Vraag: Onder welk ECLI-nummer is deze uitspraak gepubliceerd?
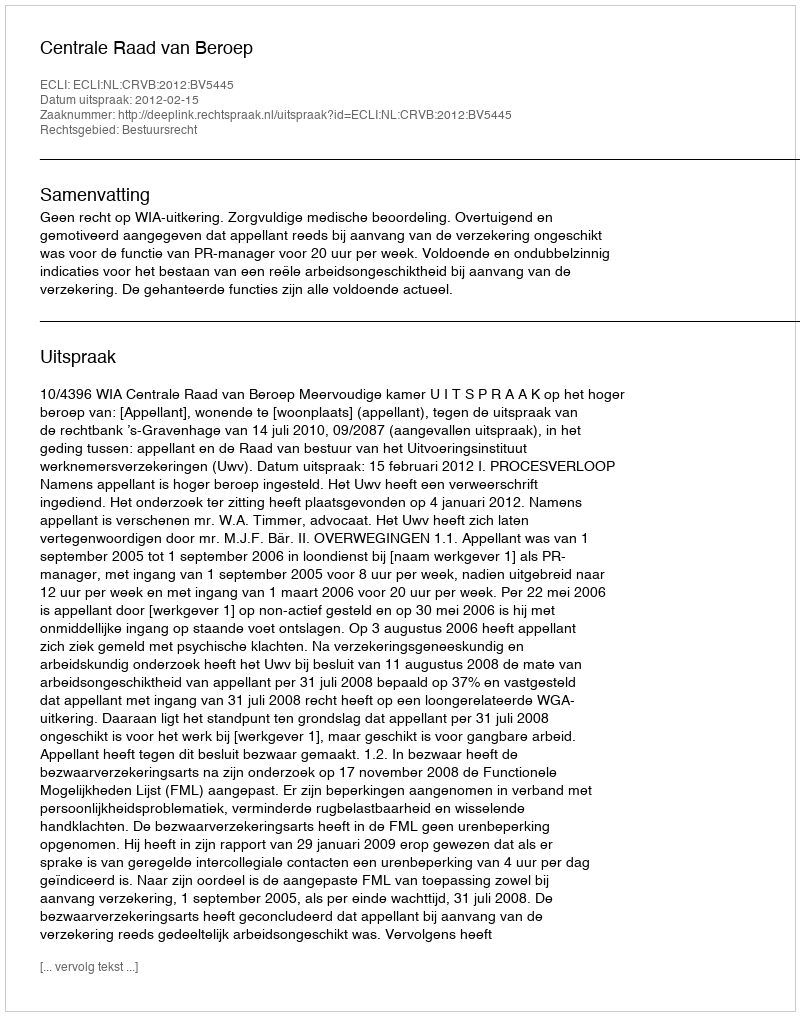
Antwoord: ECLI:NL:CRVB:2012:BV5445